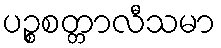
ပဉ္စစတ္တာလီသမာ